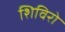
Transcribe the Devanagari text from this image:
शिविरो